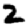
Digit: 2